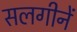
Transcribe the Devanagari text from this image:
सलगीनें